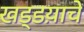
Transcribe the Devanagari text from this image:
खड्डय़ाचे